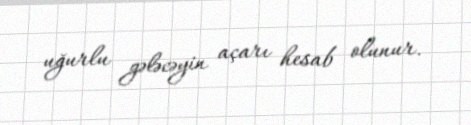
uğurlu gələcəyin açarı hesab olunur.